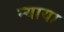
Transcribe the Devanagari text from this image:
न्याया